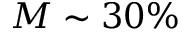
M \sim 3 0 \%